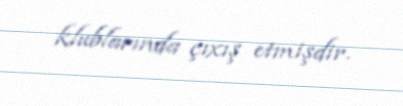
klublarında çıxış etmişdir.